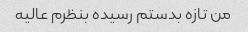
من تازه بدستم رسیده بنظرم عالیه